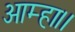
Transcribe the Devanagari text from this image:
आम्हा।।